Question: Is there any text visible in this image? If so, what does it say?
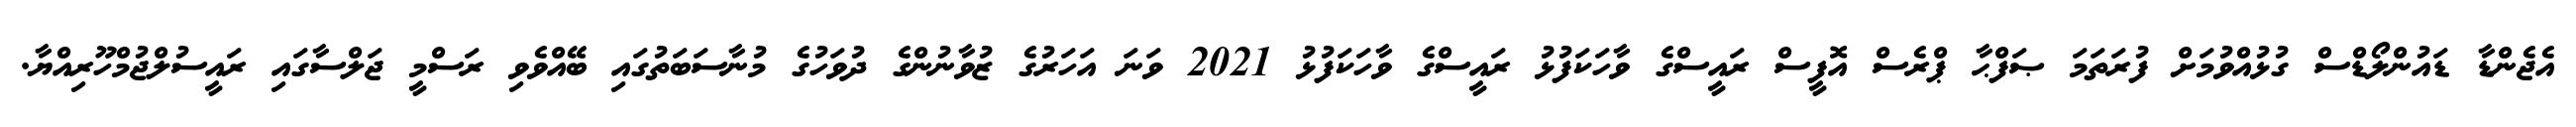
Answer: އެޖެންޑާ ޑައުންލޯޑްސް ގުޅުއްވުމަށް ފުރަތަމަ ޞަފްޙާ ޕްރެސް އޮފީސް ރައީސްގެ ވާހަކަފުޅު ރައީސްގެ ވާހަކަފުޅު 2021 ވަނަ އަހަރުގެ ޒުވާނުންގެ ދުވަހުގެ މުނާސަބަތުގައި ބޭއްވެވި ރަސްމީ ޖަލްސާގައި ރައީސުލްޖުމްހޫރިއްޔާ.